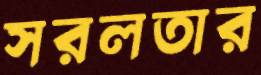
সরলতার